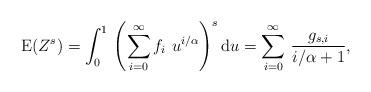
LaTeX: \begin{align*}\mathrm{E}(Z^s)=\int_{0}^{1}\,\left(\sum_{i=0}^{\infty} f_i\,\,u^{i/\alpha}\right)^s\mathrm{d}u=\sum_{i=0}^{\infty}\,\frac{g_{s,i}}{i/\alpha+1},\end{align*}